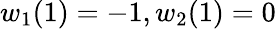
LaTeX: w_{1}(1)=-1,w_{2}(1)=0